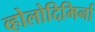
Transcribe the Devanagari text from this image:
व्होलोदिमिर्ना